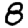
Digit: 8